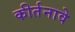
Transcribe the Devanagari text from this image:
कीर्तनावे